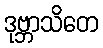
ဒုဗ္ဘာသိတေ